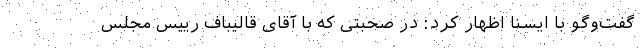
گفت‌وگو با ایسنا اظهار کرد: در صحبتی که با آقای قالیباف رییس مجلس